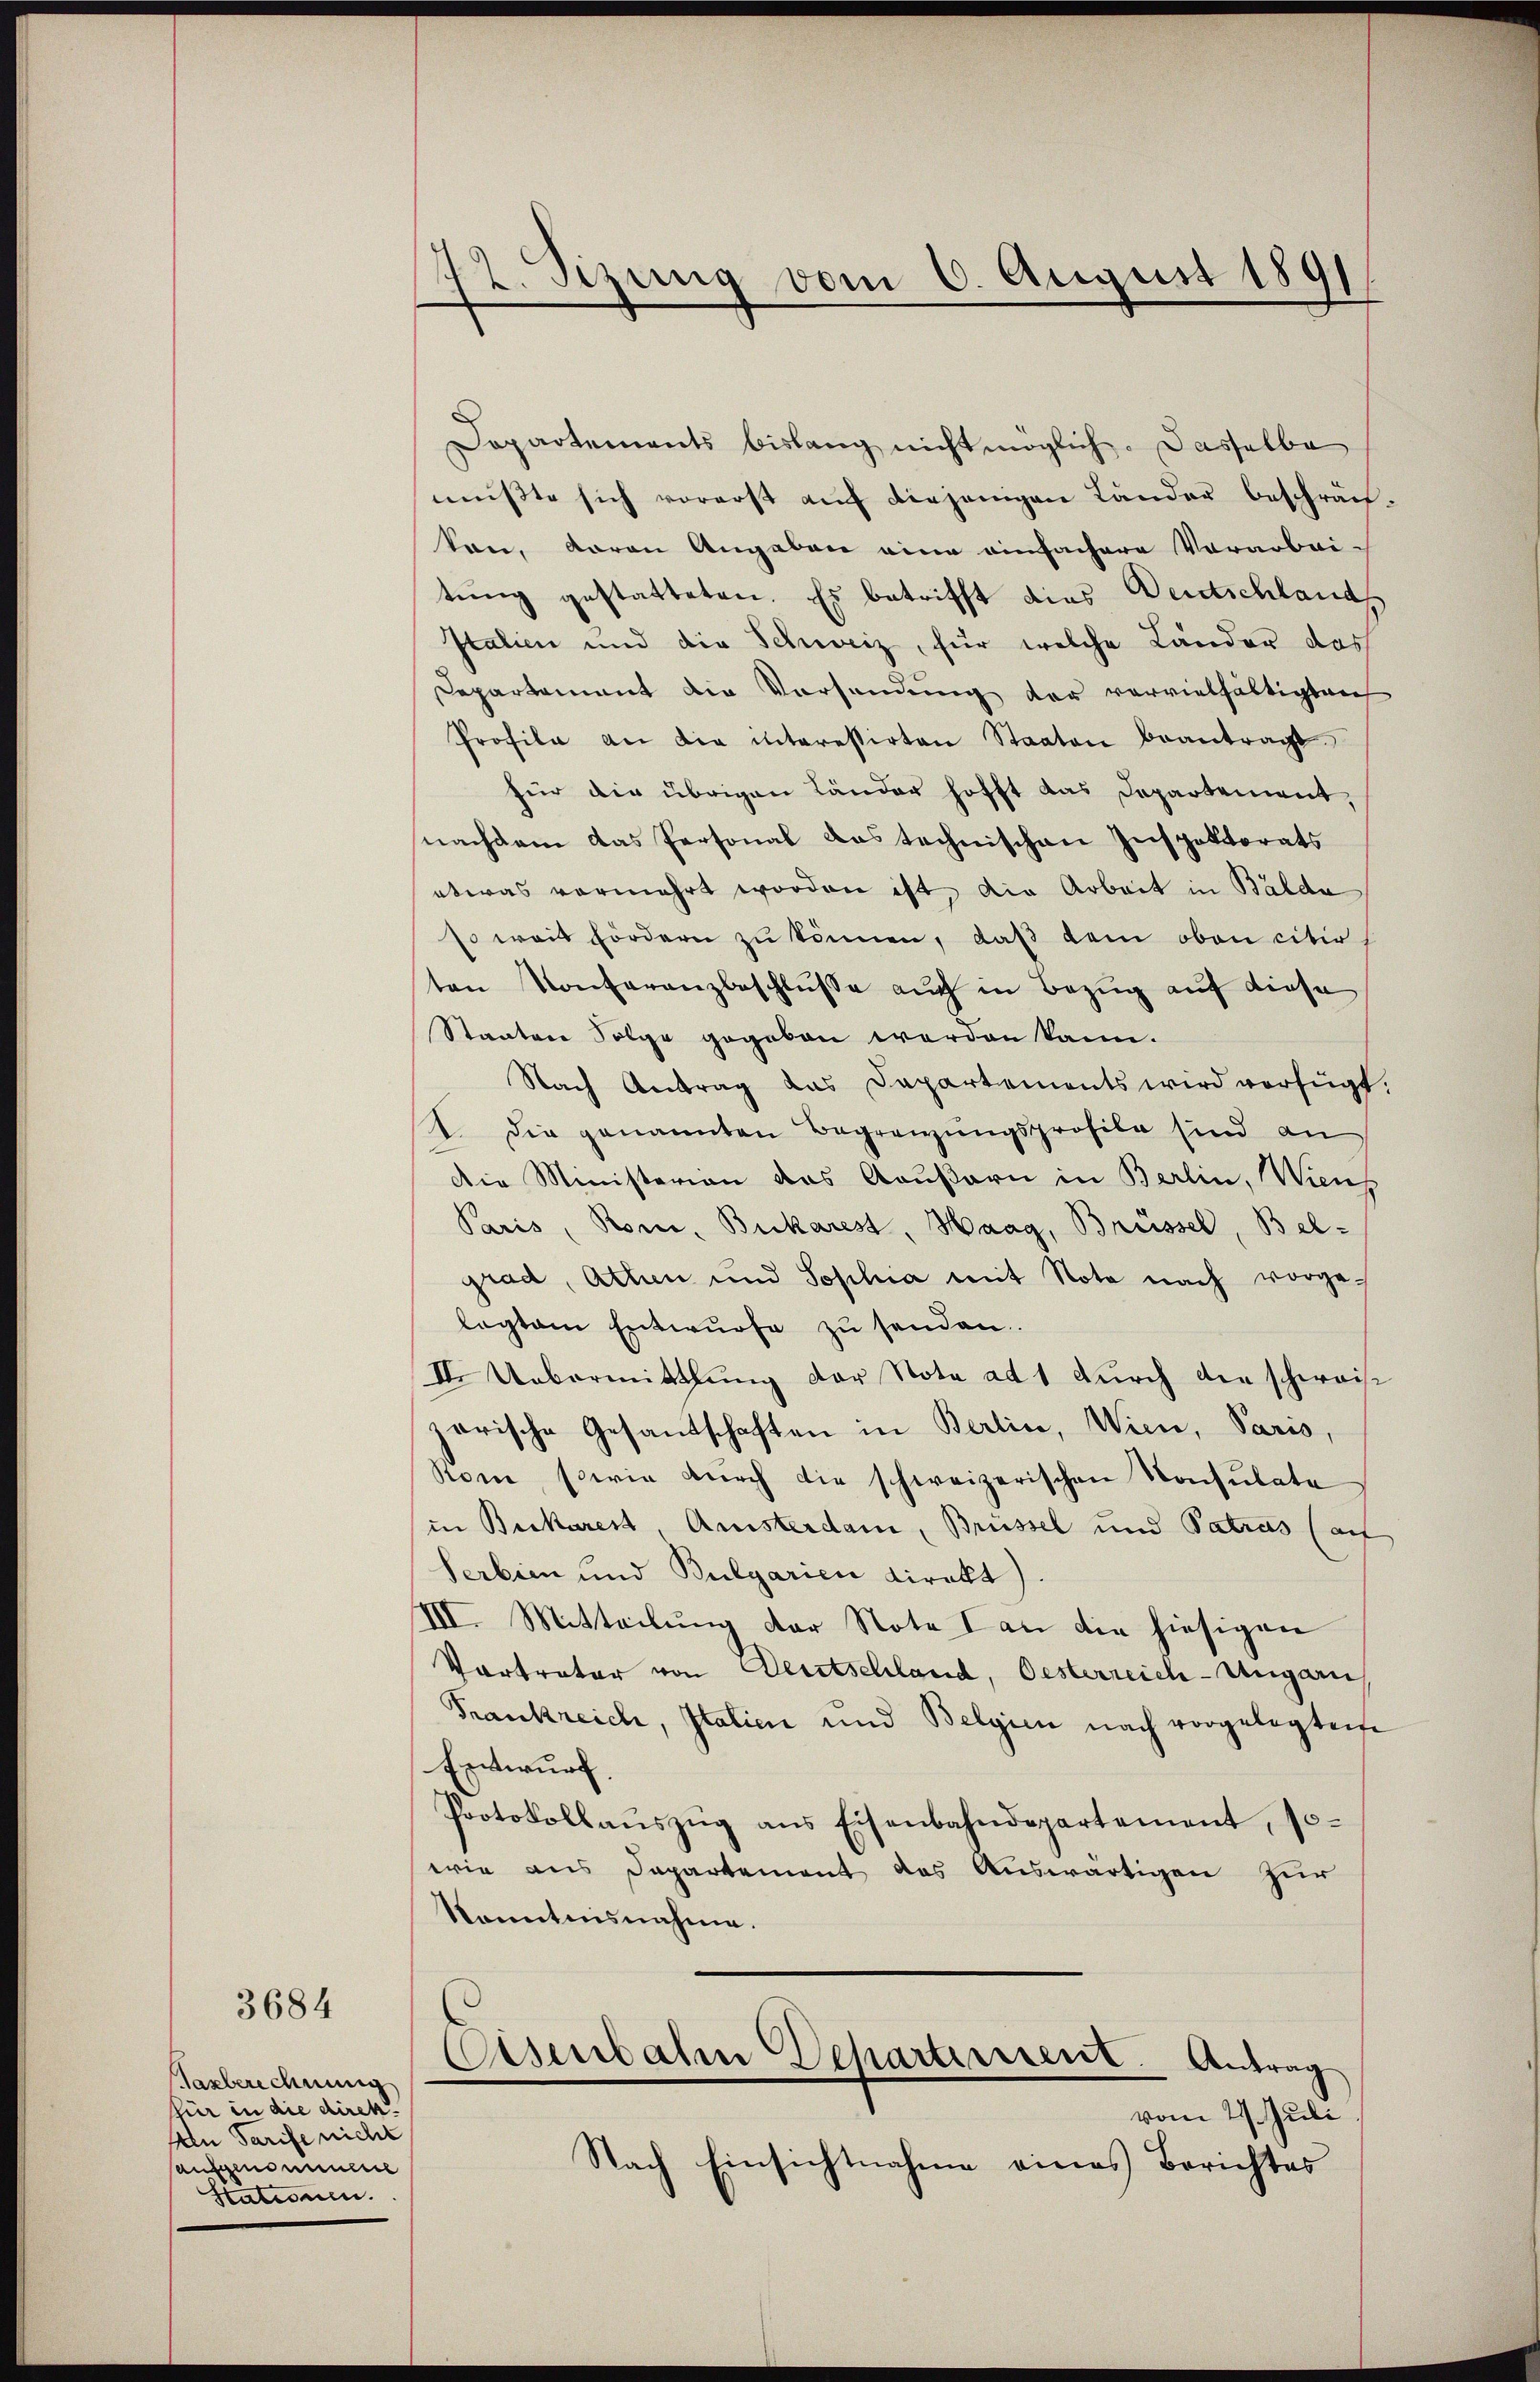
3684

Tasberechnung
für in die direk
An Tarife nicht
aufgenommene
Stationen.

72. Sizung vom 6. August 1891

Dopartements bislang nicht möglich. Dasselbe
müßte sich vorerst aŭf diejenigen Länder beschrän-
ton, daran Angaben eine einfachere Vorarbei-
tung gestatteten. Es betrifft dies Deutschlands
Italien und die Schweiz, für welche Länder das
Departement die Vorsendung der vervielfältigten
Profile an die interessirten Staaten beantragt.
für die übrigen Länder hofft das Departement
nachdem das Personal das technischen Inspektorats
etwas vermehrt worden ist, die Arbeit in Bälde
so weit fördern zu können, daß dem oben citir
ten Konferanzbeschlusse auch in Bezug auf diese
Staaten Folge gegeben werden kann.
Nach Antrag das Dapartements wird verfügt:
. Die genannten Begrenzungsprofile sind an
Die Ministerian das Aeußern in Berlin, Wienz
Paris, Rom, Bukarest, Haag, Brüssel, Bel-
grad, Athen und Sophia mit Nota nach vorge-
legtem Entwurfe zŭ senden.
II. Uebermittlung der Nota ad 1 durch die schweise
zarische Gesandschaften in Berlin, Wien, Paris,
Rom, sowie dŭrch die schweizerischen Konsulate
in Bickarest, Amisterdam, Brüssel und Patrus (auf
Serbien und Bulgarien direkt
III. Mitteilŭng der Note an die hiesigen
Vortreter von Deutschland, Oesterreich-Ungarn
Frankreich, Italien und Belgien nach vorgelegten
Entwurf.
Protokollaŭszŭg ans Eisenbahndepartement, so-
wie aus Departement des Auswärtigen zur
kanntensnahme.
Eisenbahn Departiessent. Antrag
vom 29. Juli
Nach Einsichtnahme eines Berichtes